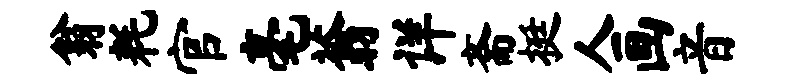
翁耗官毫蓊详斋挺人画音